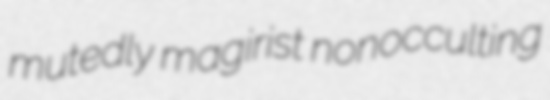
mutedly magirist nonocculting